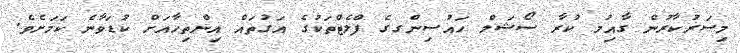
މިސަރުކާރުން ގާއިމު ކުރާ ސޯޝަލް ހައުސިންގގެ ފްލެޓްތަކުގެ އަގުތައް އިންތިހާއަށް ކުޑަވާނެ ކަމަށެވެ.